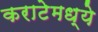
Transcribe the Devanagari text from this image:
कराटेमध्ये